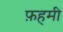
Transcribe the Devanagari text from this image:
फ़हमी